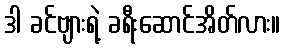
ဒါ ခင်ဗျားရဲ့ ခရီးဆောင်အိတ်လား။